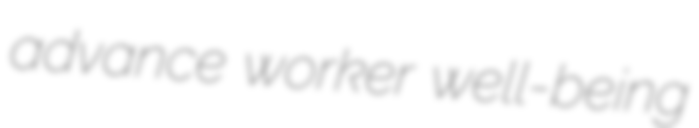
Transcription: advance worker well-being